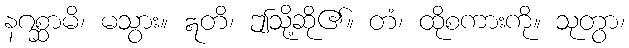
နဂစ္ဆာမိ၊ မသွား။ ဣတိ၊ ဤသို့ဆို၏။ တံ၊ ထိုစကားကို။ သုတွာ၊